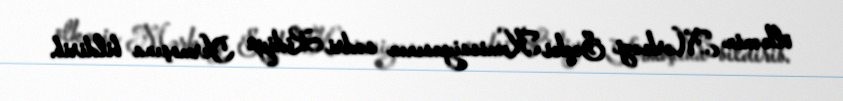
ölkənin Mərkəzi Seçki Komissiyasının sədri Lidiya Yermoşına bildirib.